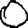
Digit: 0